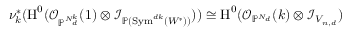
\nu _ { k } ^ { * } ( \operatorname { H } ^ { 0 } ( \mathcal { O } _ { \mathbb { P } ^ { N _ { d } ^ { k } } } ( 1 ) \otimes \mathcal { I } _ { \mathbb { P } ( \operatorname { S y m } ^ { d k } ( W ^ { \ast } ) ) } ) ) \cong \operatorname { H } ^ { 0 } ( \mathcal { O } _ { \mathbb { P } ^ { N _ { d } } } ( k ) \otimes \mathcal { I } _ { V _ { n , d } } )